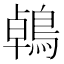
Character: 鵫